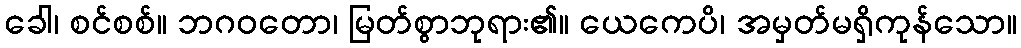
ခေါ၊ စင်စစ်။ ဘဂဝတော၊ မြတ်စွာဘုရား၏။ ယေကေပိ၊ အမှတ်မရှိကုန်သော။